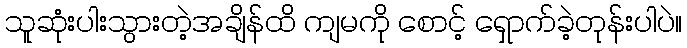
သူဆုံးပါးသွားတဲ့အချိန်ထိ ကျမကို စောင့် ရှောက်ခဲ့တုန်းပါပဲ။